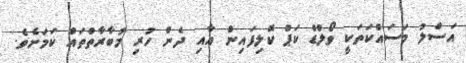
އަސްލު މަސައްކަތަކީ ވޯލްޑް ކަޕް ކޮލިފައިން އާއި ދެން ހުރި މުބާރާތްތައް ކަމަށެވެ.